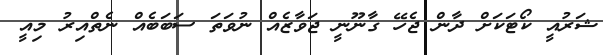
ޝަރުއީ ކޯޓަކަށް ދާން ޖެހޭ ގާނޫނީ ޖަވާޒެއް ނުވަތަ ސަބަބެއް ނެތްއިރު މިއީ